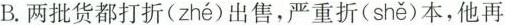
B.两批货都打折( zhé )出售，严重折( shě )本，他再